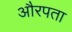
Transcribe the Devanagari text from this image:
औरपता